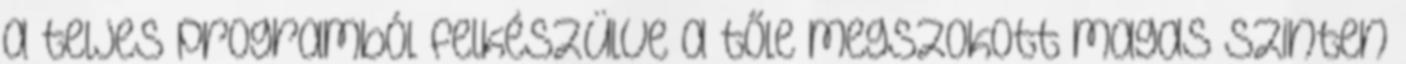
a teljes programból felkészülve a tőle megszokott magas szinten